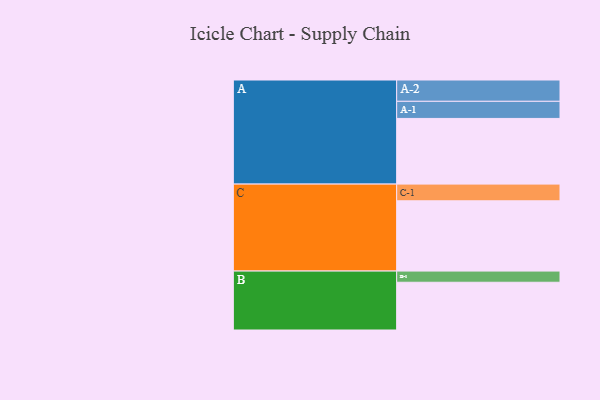
{"axis": {"x": "Segment", "y": "Value"}, "legend": ["", "A", "B", "C"], "data": [{"x": "A", "y": 487, "type": ""}, {"x": "B", "y": 354, "type": ""}, {"x": "C", "y": 521, "type": ""}, {"x": "A-1", "y": 127, "type": "A"}, {"x": "A-2", "y": 158, "type": "A"}, {"x": "B-1", "y": 83, "type": "B"}, {"x": "C-1", "y": 124, "type": "C"}]}